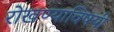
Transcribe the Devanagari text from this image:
रोखण्याविषयी